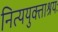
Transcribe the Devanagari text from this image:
नित्ययुक्ताश्रयः